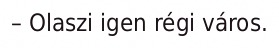
– Olaszi igen régi város.